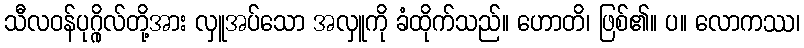
သီလဝန်ပုဂ္ဂိုလ်တို့အား လှူအပ်သော အလှူကို ခံထိုက်သည်။ ဟောတိ၊ ဖြစ်၏။ ပ။ လောကဿ၊